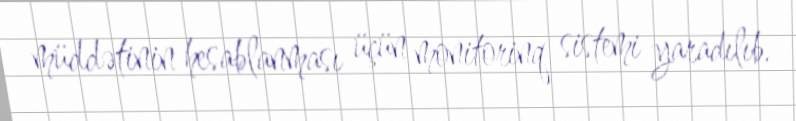
müddətinin hesablanması üçün monitorinq sistemi yaradılıb.